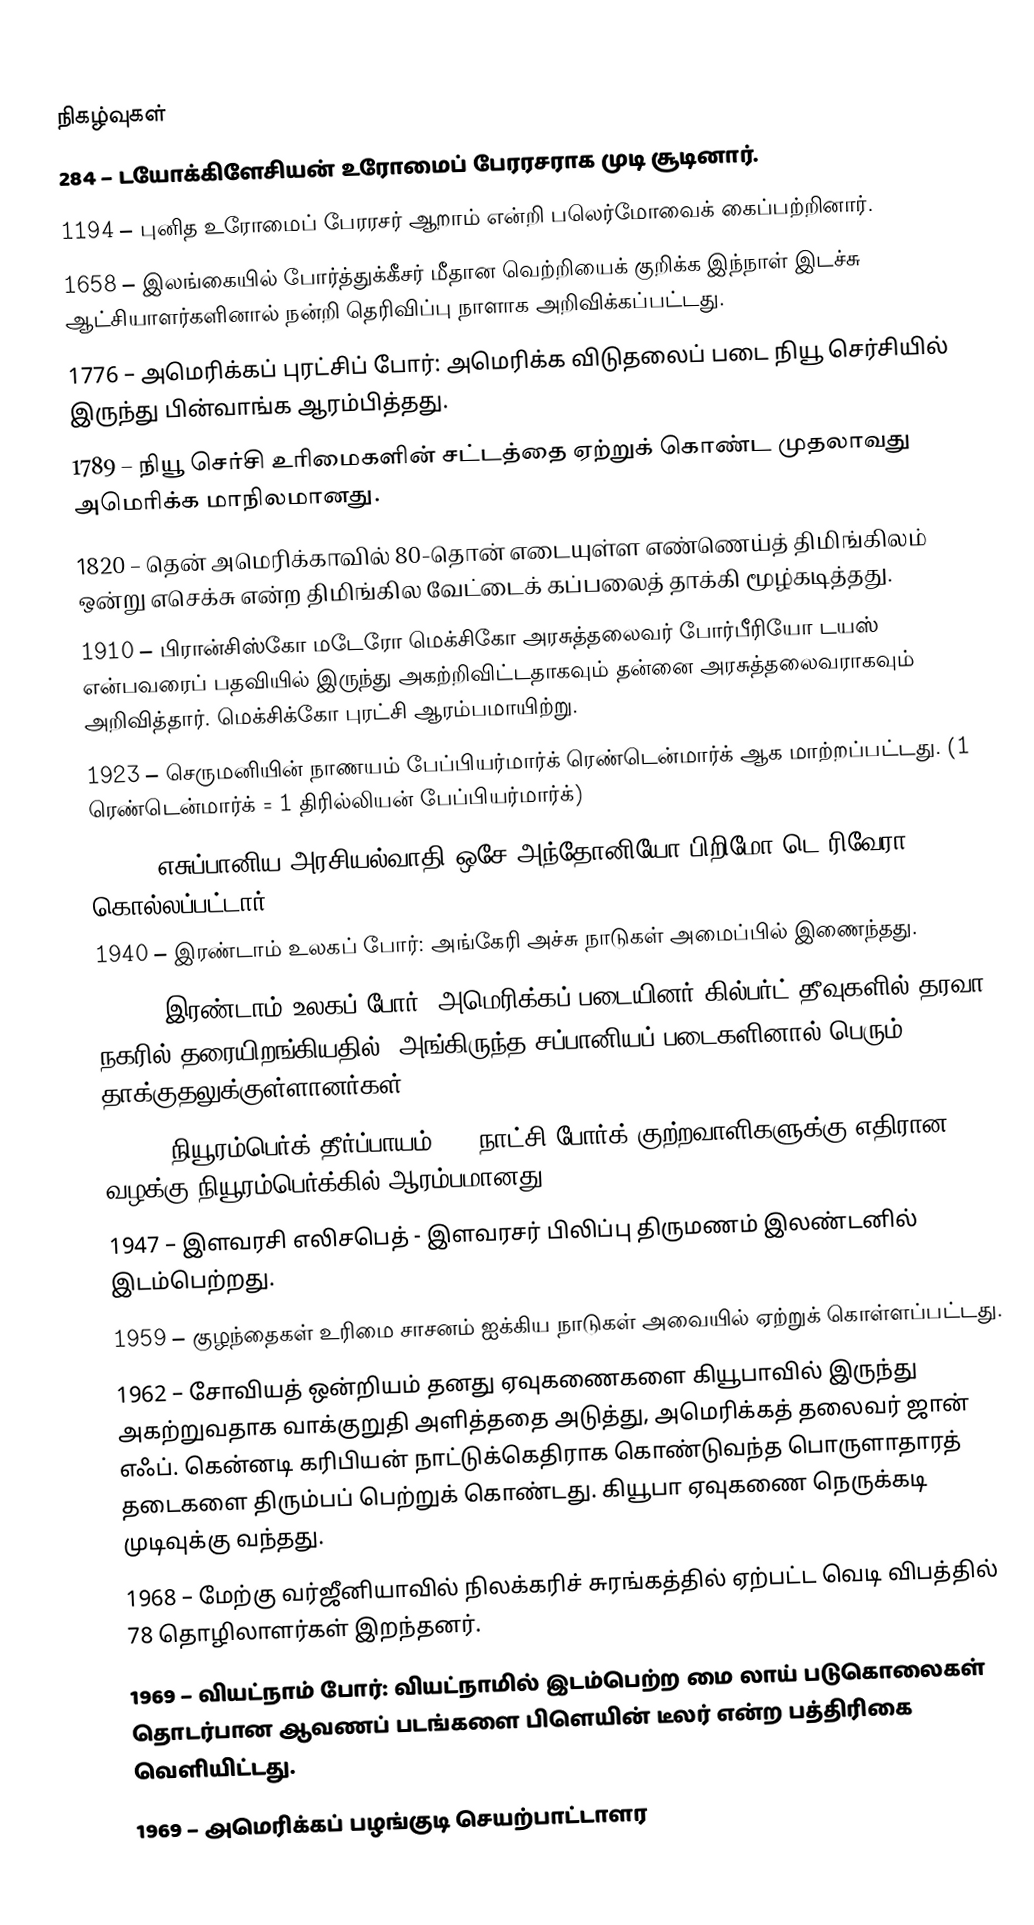

நிகழ்வுகள்
 284 – டயோக்கிளேசியன் உரோமைப் பேரரசராக முடி சூடினார்.
1194 – புனித உரோமைப் பேரரசர் ஆறாம் என்றி பலெர்மோவைக் கைப்பற்றினார்.
1658 – இலங்கையில் போர்த்துக்கீசர் மீதான வெற்றியைக் குறிக்க இந்நாள் இடச்சு ஆட்சியாளர்களினால் நன்றி தெரிவிப்பு நாளாக அறிவிக்கப்பட்டது.
1776 – அமெரிக்கப் புரட்சிப் போர்: அமெரிக்க விடுதலைப் படை நியூ செர்சியில் இருந்து பின்வாங்க ஆரம்பித்தது.
1789 – நியூ செர்சி உரிமைகளின் சட்டத்தை ஏற்றுக் கொண்ட முதலாவது அமெரிக்க மாநிலமானது.
1820 – தென் அமெரிக்காவில் 80-தொன் எடையுள்ள எண்ணெய்த் திமிங்கிலம் ஒன்று எசெக்சு என்ற திமிங்கில வேட்டைக் கப்பலைத் தாக்கி மூழ்கடித்தது.
1910 – பிரான்சிஸ்கோ மடேரோ மெக்சிகோ அரசுத்தலைவர் போர்பீரியோ டயஸ் என்பவரைப் பதவியில் இருந்து அகற்றிவிட்டதாகவும் தன்னை அரசுத்தலைவராகவும் அறிவித்தார். மெக்சிக்கோ புரட்சி ஆரம்பமாயிற்று.
1923 – செருமனியின் நாணயம் பேப்பியர்மார்க் ரெண்டென்மார்க் ஆக மாற்றப்பட்டது. (1 ரெண்டென்மார்க் = 1 திரில்லியன் பேப்பியர்மார்க்)
1936 – எசுப்பானிய அரசியல்வாதி ஒசே அந்தோனியோ பிறிமோ டெ ரிவேரா கொல்லப்பட்டார்.
1940 – இரண்டாம் உலகப் போர்: அங்கேரி அச்சு நாடுகள் அமைப்பில் இணைந்தது.
1943 – இரண்டாம் உலகப் போர்: அமெரிக்கப் படையினர் கில்பர்ட் தீவுகளில் தரவா நகரில் தரையிறங்கியதில், அங்கிருந்த சப்பானியப் படைகளினால் பெரும் தாக்குதலுக்குள்ளானர்கள்.
1945 – நியூரம்பெர்க் தீர்ப்பாயம்: 24 நாட்சி போர்க் குற்றவாளிகளுக்கு எதிரான வழக்கு நியூரம்பெர்க்கில் ஆரம்பமானது.
1947 – இளவரசி எலிசபெத் - இளவரசர் பிலிப்பு திருமணம் இலண்டனில் இடம்பெற்றது.
1959 – குழந்தைகள் உரிமை சாசனம் ஐக்கிய நாடுகள் அவையில் ஏற்றுக் கொள்ளப்பட்டது.
1962 – சோவியத் ஒன்றியம் தனது ஏவுகணைகளை கியூபாவில் இருந்து அகற்றுவதாக வாக்குறுதி அளித்ததை அடுத்து, அமெரிக்கத் தலைவர் ஜான் எஃப். கென்னடி கரிபியன் நாட்டுக்கெதிராக கொண்டுவந்த பொருளாதாரத் தடைகளை திரும்பப் பெற்றுக் கொண்டது. கியூபா ஏவுகணை நெருக்கடி முடிவுக்கு வந்தது.
1968 – மேற்கு வர்ஜீனியாவில் நிலக்கரிச் சுரங்கத்தில் ஏற்பட்ட வெடி விபத்தில் 78 தொழிலாளர்கள் இறந்தனர்.
1969 – வியட்நாம் போர்: வியட்நாமில் இடம்பெற்ற மை லாய் படுகொலைகள் தொடர்பான ஆவணப் படங்களை பிளெயின் டீலர் என்ற பத்திரிகை வெளியிட்டது.
1969 – அமெரிக்கப் பழங்குடி செயற்பாட்டாளர